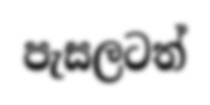
පැසලටත්